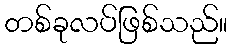
တစ်ခုလပ်ဖြစ်သည်။